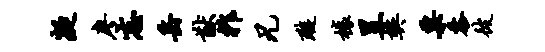
凝廖忘岳猷祚兄璇榱昱樊粟黍彼